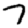
Digit: 7